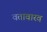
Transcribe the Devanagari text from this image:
वतावारव